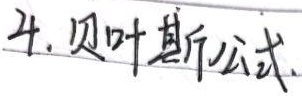
4. 贝叶斯公式